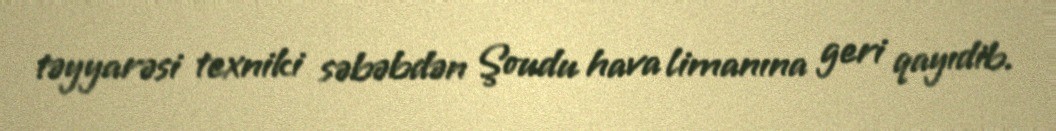
təyyarəsi texniki səbəbdən Şoudu hava limanına geri qayıdib.